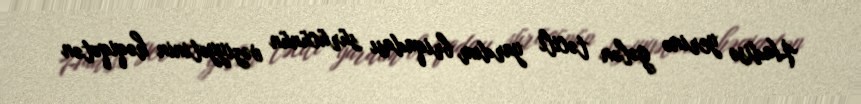
Hadisə yerinə gələn təcili yardım briqadası sürücünün vəziyyətinin həqiqətən